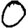
Digit: 0